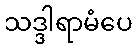
သဒ္ဒါရာမံပေ